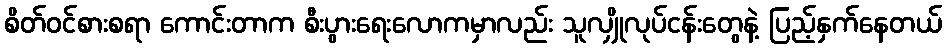
စိတ်ဝင်စားစရာ ကောင်းတာက စီးပွားရေးလောကမှာလည်း သူလျှိုလုပ်ငန်းတွေနဲ့ ပြည့်နှက်နေတယ်